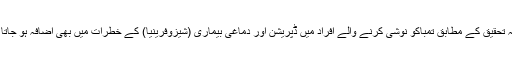
حالیہ تحقیق کے مطابق تمباکو نوشی کرنے والے افراد میں ڈپریشن اور دماغی بیماری (شیزوفرینیا) کے خطرات میں بھی اضافہ ہو جاتا ہے۔